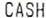
CASH